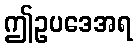
ဤဥပဒေအရ